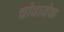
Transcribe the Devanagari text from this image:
चोवानेक